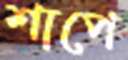
শাপে